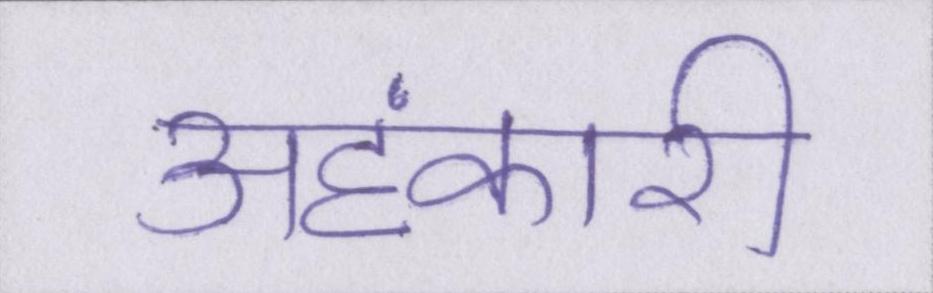
अहंकारी